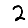
Digit: 2